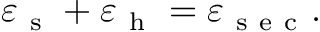
\varepsilon _ { \mathrm { ~ s ~ } } + \varepsilon _ { \mathrm { ~ h ~ } } = \varepsilon _ { \mathrm { ~ s ~ e ~ c ~ } } .